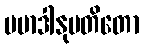
ပမာဒါနုပတိတော